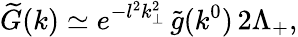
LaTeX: \widetilde{G}(k)\simeq e^{-l^{2}k_{\perp}^{2}}\, \widetilde{g}(k^{0})\, 2\Lambda_{+},